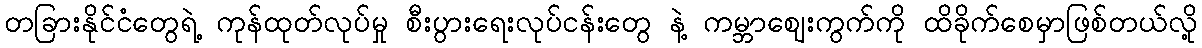
တခြားနိုင်ငံတွေရဲ့ ကုန်ထုတ်လုပ်မှု စီးပွားရေးလုပ်ငန်းတွေ နဲ့ ကမ္ဘာဈေးကွက်ကို ထိခိုက်စေမှာဖြစ်တယ်လို့